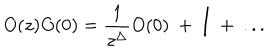
O ( z ) O ( 0 ) = { \frac { 1 } { z ^ { \Delta } } } O ( 0 ) ~ + ~ { \Large \mathrm { I } } ~ + ~ . . .